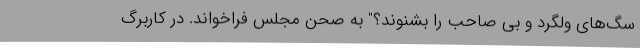
سگ‌های ولگرد و بی صاحب را بشنوند؟" به صحن مجلس فراخواند. در کاربرگ